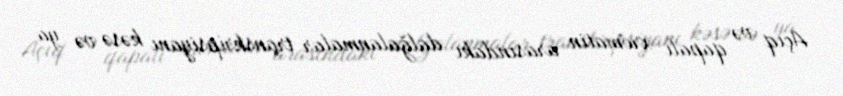
Açıq və qapalı xromatin arasındakı dalğalanmalar transkripsiyanı kəsə və ya